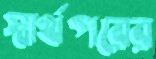
স্বার্থপরের